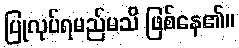
ပြုလုပ်ရမည်မသိ ဖြစ်နေ၏။